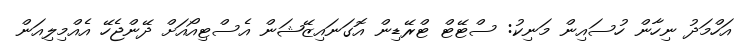
އަހްމަދު ނިހާން ހުސައިން މަނިކު: ސްޓޭޓް ޓްރޭޑިން އޮގަނައިޒޭޝަން އެސްޓިއޯއަށް ދޭންޖެހޭ އެއްމިލިއަން